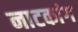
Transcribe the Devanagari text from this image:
नाटकांग